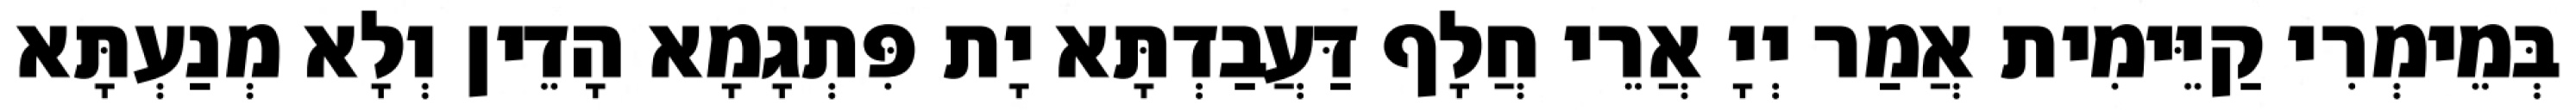
בְּמֵימְרִי קַיֵּימִית אֲמַר יְיָ אֲרֵי חֲלָף דַּעֲבַדְתָּא יָת פִּתְגָמָא הָדֵין וְלָא מְנַעְתָּא